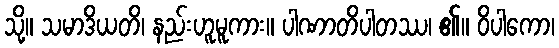
သို့။ သမာဒိယတိ၊ နည်းဟူမူကား။ ပါဏာတိပါတဿ၊ ၏။ ဝိပါကော၊